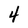
Character: 4